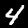
Digit: 4